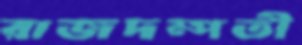
রাজদম্পতী